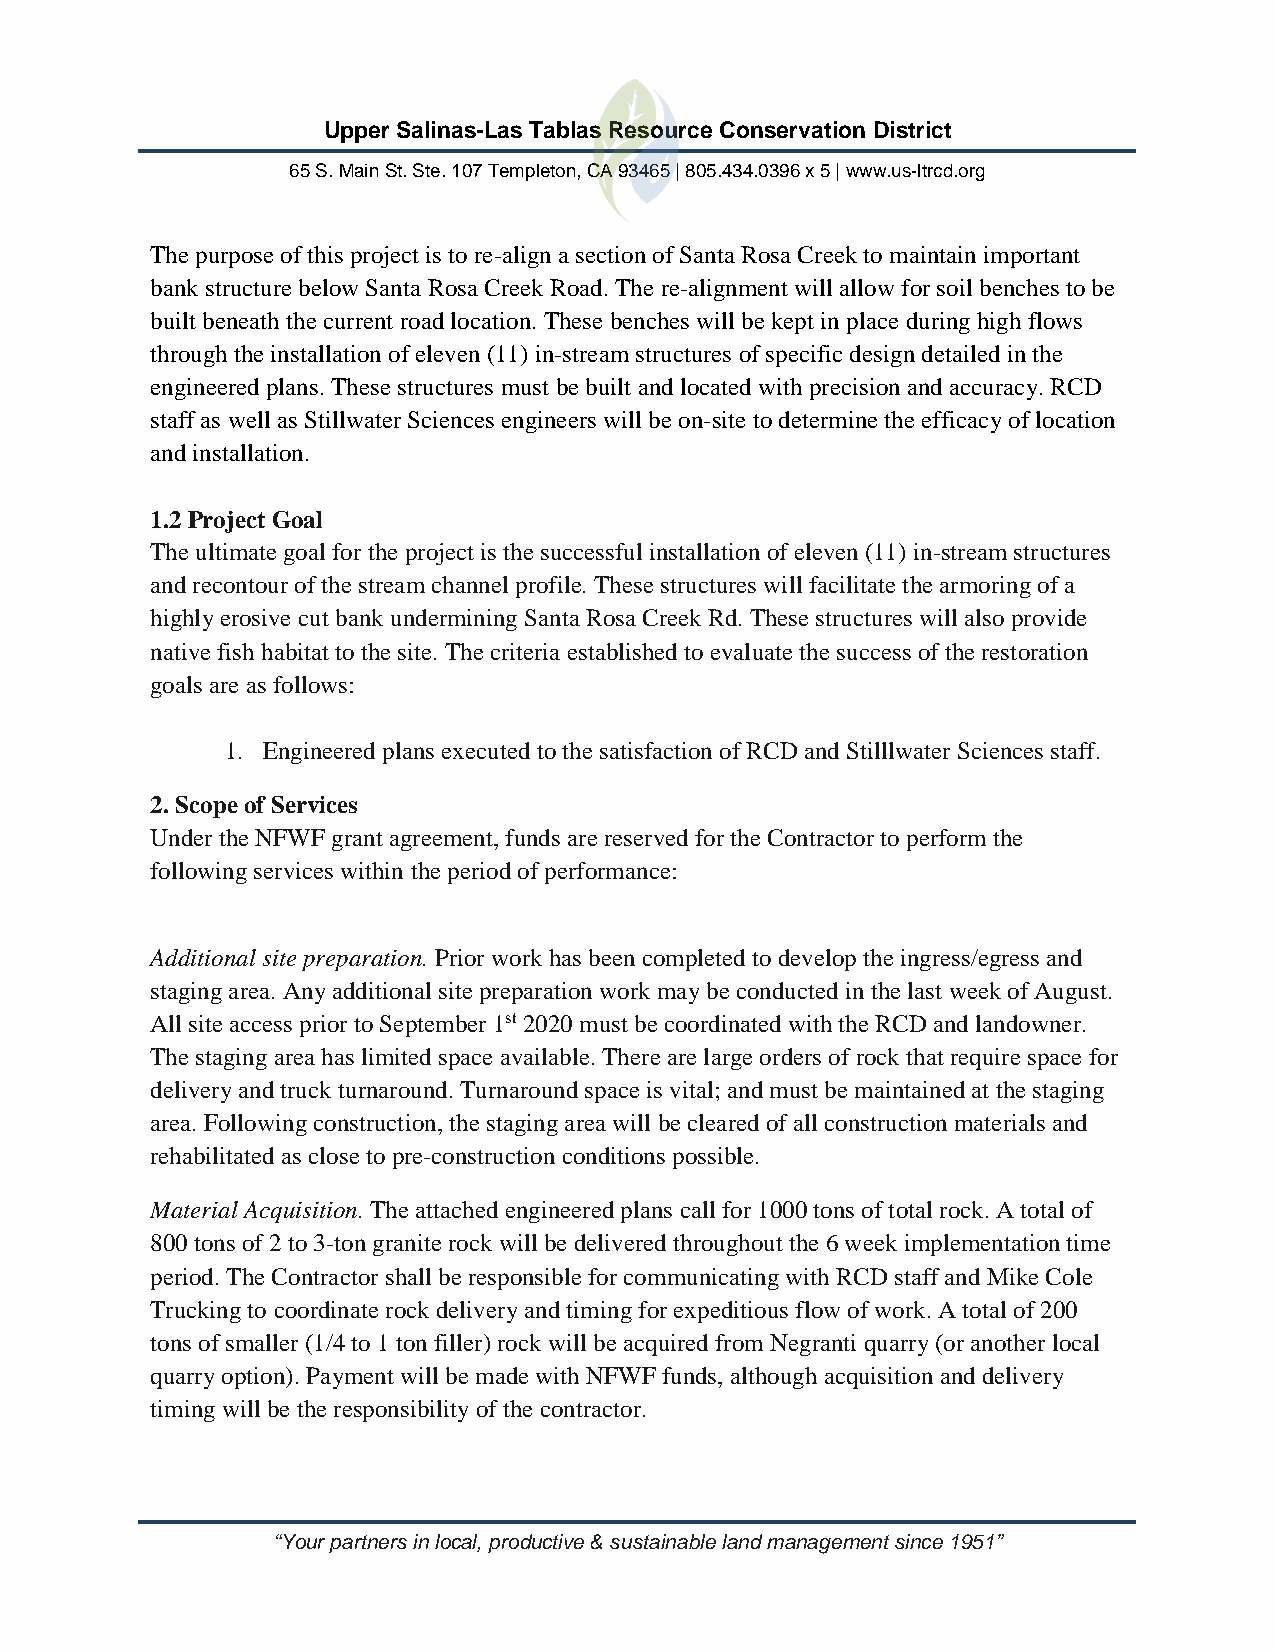
Upper Salinas-Las Tablas Resource Conservation District
 65 S. Main St. Ste. 107 Templeton, CA 93465 | 805.434.0396 x 5 | www.us-ltrcd.org
 The purpose of this project is to re-align a section of Santa Rosa Creek to maintain important
 bank structure below Santa Rosa Creek Road. The re-alignment will allow for soil benches to be
 built beneath the current road location. These benches will be kept in place during high flows
 through the installation of eleven (11) in-stream structures of specific design detailed in the
 engineered plans. These structures must be built and located with precision and accuracy. RCD
 staff as well as Stillwater Sciences engineers will be on-site to determine the efficacy of location
 and installation.
 1.2 Project Goal
 The ultimate goal for the project is the successful installation of eleven (11) in-stream structures
 and recontour of the stream channel profile. These structures will facilitate the armoring of a
 highly erosive cut bank undermining Santa Rosa Creek Rd. These structures will also provide
 native fish habitat to the site. The criteria established to evaluate the success of the restoration
 goals are as follows:
 1. Engineered plans executed to the satisfaction of RCD and Stilllwater Sciences staff.
 2. Scope of Services
 Under the NFWF grant agreement, funds are reserved for the Contractor to perform the
 following services within the period of performance:
 Additional site preparation. Prior work has been completed to develop the ingress/egress and
 staging area. Any additional site preparation work may be conducted in the last week of August.
 All site access prior to September 1st 2020 must be coordinated with the RCD and landowner.
 The staging area has limited space available. There are large orders of rock that require space for
 delivery and truck turnaround. Turnaround space is vital; and must be maintained at the staging
 area. Following construction, the staging area will be cleared of all construction materials and
 rehabilitated as close to pre-construction conditions possible.
 Material Acquisition. The attached engineered plans call for 1000 tons of total rock. A total of
 800 tons of 2 to 3-ton granite rock will be delivered throughout the 6 week implementation time
 period. The Contractor shall be responsible for communicating with RCD staff and Mike Cole
 Trucking to coordinate rock delivery and timing for expeditious flow of work. A total of 200
 tons of smaller (1/4 to 1 ton filler) rock will be acquired from Negranti quarry (or another local
 quarry option). Payment will be made with NFWF funds, although acquisition and delivery
 timing will be the responsibility of the contractor.
 “Your partners in local, productive & sustainable land management since 1951”